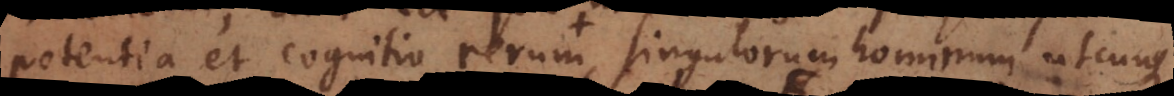
potentia et cognitio rerum, singulorum hominum utcunque